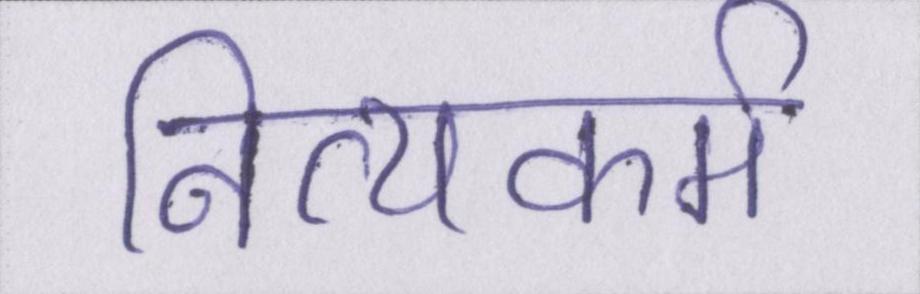
नित्यकर्म